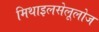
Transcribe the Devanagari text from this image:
मिथाइलसेलूलोज